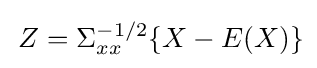
\,Z=\Sigma _{xx}^{-1/2}\{X-E(X)\}